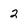
Character: 2